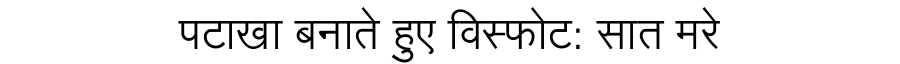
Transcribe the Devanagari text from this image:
पटाखा बनाते हुए विस्फोट: सात मरे